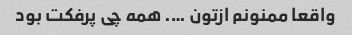
واقعا ممنونم ازتون …. همه چی پرفکت بود